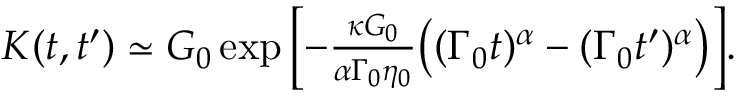
\begin{array} { r } { K ( t , t ^ { \prime } ) \simeq G _ { 0 } \exp \Big [ { - \frac { \kappa G _ { 0 } } { \alpha \Gamma _ { 0 } \eta _ { 0 } } \big ( ( \Gamma _ { 0 } t ) ^ { \alpha } - ( \Gamma _ { 0 } t ^ { \prime } ) ^ { \alpha } \big ) } \Big ] . } \end{array}